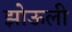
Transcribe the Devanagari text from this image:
झोऊली